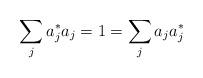
LaTeX: \begin{align*}\sum_j a_j^*a_j &=1 = \sum_j a_ja_j^*\end{align*}